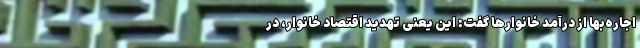
اجاره‌بها از درآمد خانوارها گفت: این یعنی تهدید اقتصاد خانوار، در